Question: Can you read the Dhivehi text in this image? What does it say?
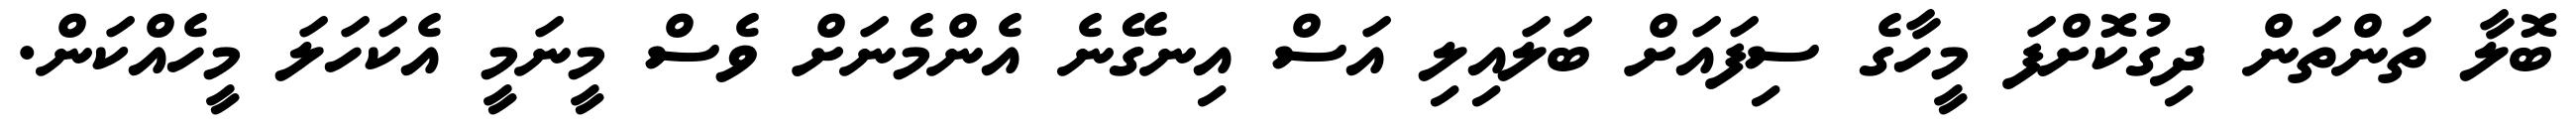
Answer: ބޮލާ ތަންތަން ދިގުކޮށްފަ މީހާގެ ސިފައަށް ބަލައިލި އަސް އިނގޭނެ އެންމެނަށް ވެސް މީނަމީ އެކަހަލަ މީހެއްކަން.